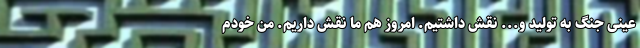
عینی جنگ به تولید و... نقش داشتیم. امروز هم ما نقش داریم. من خودم